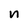
Character: n